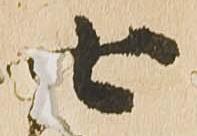
七